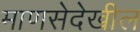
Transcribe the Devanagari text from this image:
माणसेदेखील